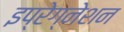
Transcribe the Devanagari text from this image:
इप्रेग्नेशन